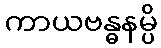
ကာယဗန္ဓနမ္ပိ